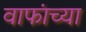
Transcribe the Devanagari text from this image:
वाफांच्या